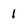
Character: 1